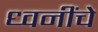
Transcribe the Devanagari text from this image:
ध्वनींचे